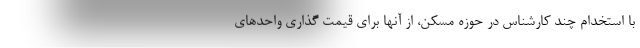
با استخدام چند کارشناس در حوزه مسکن، از آنها برای قیمت گذاری واحدهای